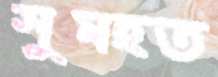
সুমহত